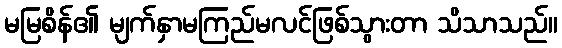
မမြစိန်၏ မျက်နှာမကြည်မလင်ဖြစ်သွားတာ သိသာသည်။